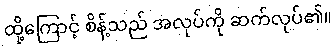
ထို့ကြောင့် စိန့်သည် အလုပ်ကို ဆက်လုပ်၏။